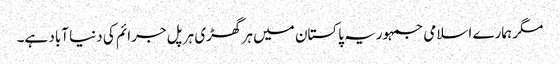
مگر ہمارے اسلامی جمہوریہ پاکستان میں ہر گھڑی ہر پل جرائم کی دنیا آباد ہے۔